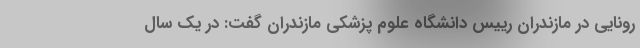
رونایی‌ در مازندران رییس دانشگاه علوم پزشکی مازندران گفت: در یک سال